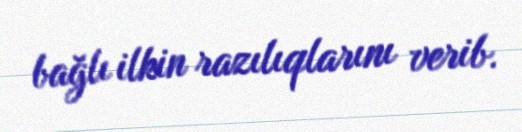
bağlı ilkin razılıqlarını verib.